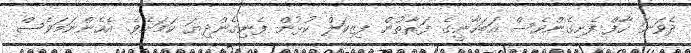
ދެވަނަ ހާފް ފެށިގެންވެސް އަބަހާނީގެ ފަރާތުން ފިޒިކަލް ކުޅުން ފެނިގެންދިޔަ ކަމަށެވެ. އެހެންނަމަވެސް